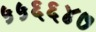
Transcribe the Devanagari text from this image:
५५६६४७